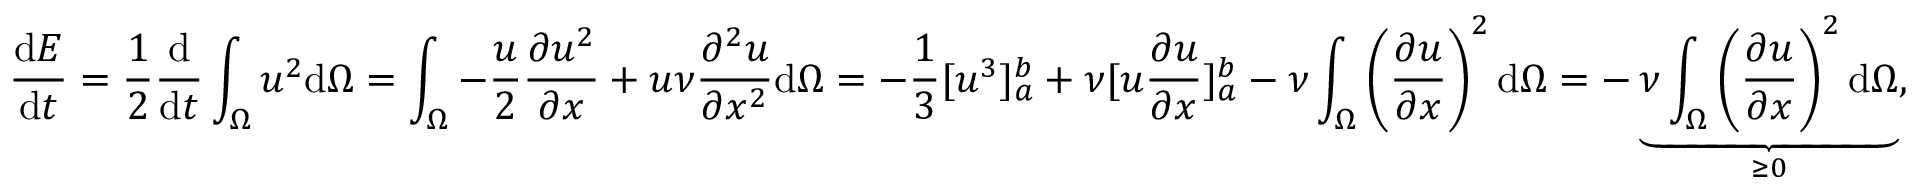
\frac { \mathrm { d } E } { \mathrm { d } t } = \frac { 1 } { 2 } \frac { \mathrm { d } } { \mathrm { d } t } \int _ { \Omega } u ^ { 2 } \mathrm { d } \Omega = \int _ { \Omega } - \frac { u } { 2 } \frac { \partial u ^ { 2 } } { \partial x } + u \nu \frac { \partial ^ { 2 } u } { \partial x ^ { 2 } } \mathrm { d } \Omega = - \frac { 1 } { 3 } [ u ^ { 3 } ] _ { a } ^ { b } + \nu [ u \frac { \partial u } { \partial x } ] _ { a } ^ { b } - \nu \int _ { \Omega } \left( \frac { \partial u } { \partial x } \right) ^ { 2 } \mathrm { d } \Omega = - \underbrace { \nu \int _ { \Omega } \left( \frac { \partial u } { \partial x } \right) ^ { 2 } \mathrm { d } \Omega } _ { \geq 0 } ,